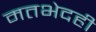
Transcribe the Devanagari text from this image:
मतभेदही